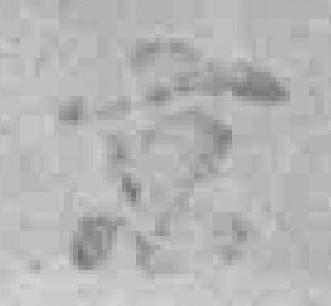
京